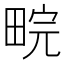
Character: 𬏉